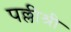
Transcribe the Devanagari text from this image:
पल्लीश्री